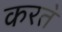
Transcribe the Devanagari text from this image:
करत॓